Scottish Leaving Certificate Examination, 1957
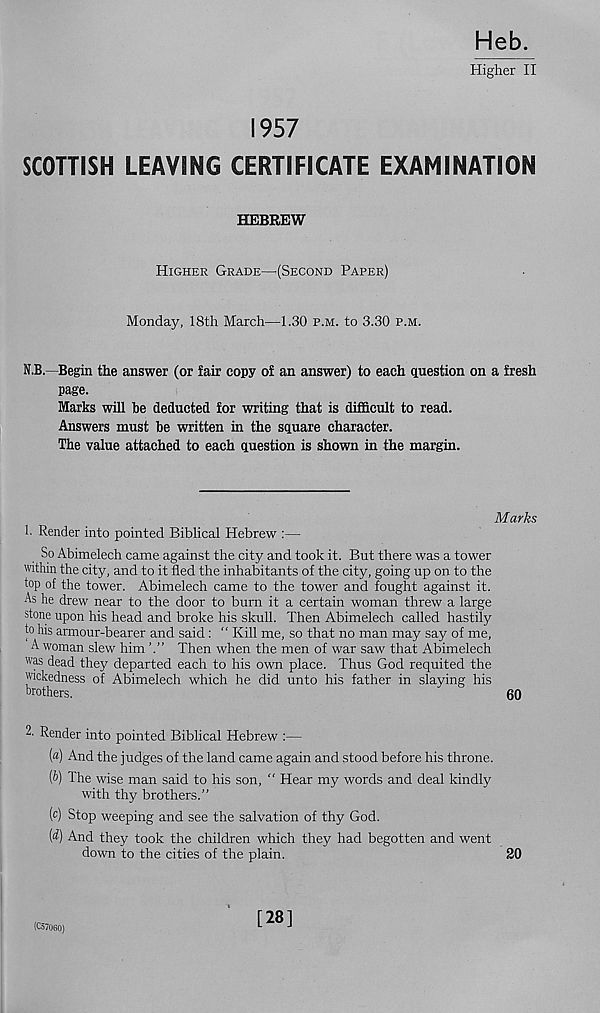
Heb.
Higher II
1957
SCOTTISH LEAVING CERTIFICATE EXAMINATION
HEBREW
Higher Grade—'(Second Paper)
Monday, 18th March—1.30 p.m. to 3.30 p.m.
N.B.—Begin the answer (or fair copy of an answer) to each question on a fresh
page.
Marks will be deducted for writing that is difficult to read.
Answers must be written in the square character.
The value attached to each question is shown in the margin.
Marks
1. Render into pointed Biblical Hebrew :—
So Abimelech came against the city and took it. But there was a tower
within the city, and to it fled the inhabitants of the city, going up on to the
top of the tower. Abimelech came to the tower and fought against it.
As he drew near to the door to burn it a certain woman threw a large
stone upon his head and broke his skull. Then Abimelech called hastily
to his armour-bearer and said: “ Kill me, so that no man may say of me,
A woman slew him
Then when the men of war saw that Abimelech
was dead they departed each to his own place. Thus God requited the
wickedness of Abimelech which he did unto his father in slaying his
brothers.
60
2- Render into pointed Biblical Hebrew :—
(a) And the judges of the land came again and stood before his throne.
(t>) Ihe wise man said to his son, " Hear my words and deal kindly
with thy brothers.”
(c) Stop weeping and see the salvation of thy God.
[d) And they took the children which they had begotten and went
down to the cities of the plain.
20
(057060)
[28]